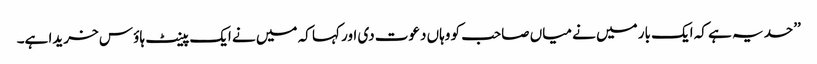
’’حد یہ ہے کہ ایک بار میں نے میاں صاحب کو وہاں دعوت دی اور کہا کہ میں نے ایک پینٹ ہاؤ س خریدا ہے۔